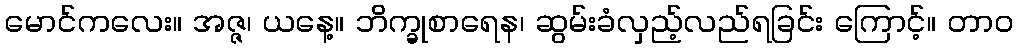
မောင်ကလေး။ အဇ္ဇ၊ ယနေ့။ ဘိက္ခုစာရေန၊ ဆွမ်းခံလှည့်လည်ရခြင်း ကြောင့်။ တာဝ